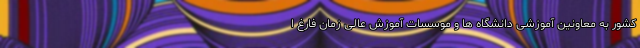
کشور به معاونین آموزشی دانشگاه ها و موسسات آموزش عالی زمان فارغ ا